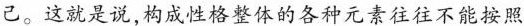
己。这就是说,构成性格整体的各种元素往往不能按照